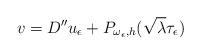
LaTeX: \begin{align*}v=D''u_\epsilon+P_{\omega_{\epsilon},h}(\sqrt{\lambda}\tau_\epsilon)\end{align*}